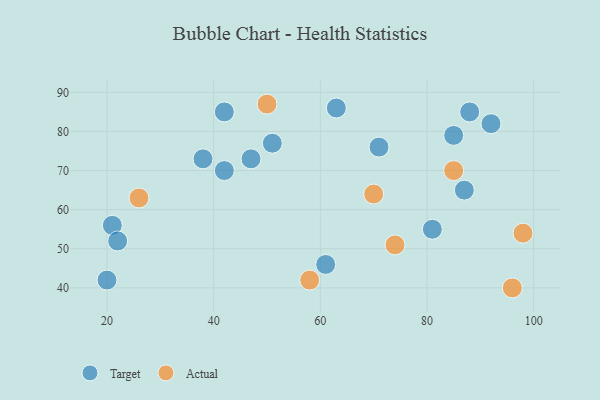
{"axis": {"x": "GDP", "y": "Life Expectancy"}, "legend": ["Actual", "Target"], "data": [{"x": "92", "y": 82, "type": "Target"}, {"x": "38", "y": 73, "type": "Target"}, {"x": "85", "y": 79, "type": "Target"}, {"x": "51", "y": 77, "type": "Target"}, {"x": "42", "y": 85, "type": "Target"}, {"x": "81", "y": 55, "type": "Target"}, {"x": "47", "y": 73, "type": "Target"}, {"x": "42", "y": 70, "type": "Target"}, {"x": "21", "y": 56, "type": "Target"}, {"x": "22", "y": 52, "type": "Target"}, {"x": "87", "y": 65, "type": "Target"}, {"x": "63", "y": 86, "type": "Target"}, {"x": "88", "y": 85, "type": "Target"}, {"x": "61", "y": 46, "type": "Target"}, {"x": "71", "y": 76, "type": "Target"}, {"x": "20", "y": 42, "type": "Target"}, {"x": "70", "y": 64, "type": "Actual"}, {"x": "98", "y": 54, "type": "Actual"}, {"x": "58", "y": 42, "type": "Actual"}, {"x": "85", "y": 70, "type": "Actual"}, {"x": "50", "y": 87, "type": "Actual"}, {"x": "74", "y": 51, "type": "Actual"}, {"x": "96", "y": 40, "type": "Actual"}, {"x": "26", "y": 63, "type": "Actual"}]}